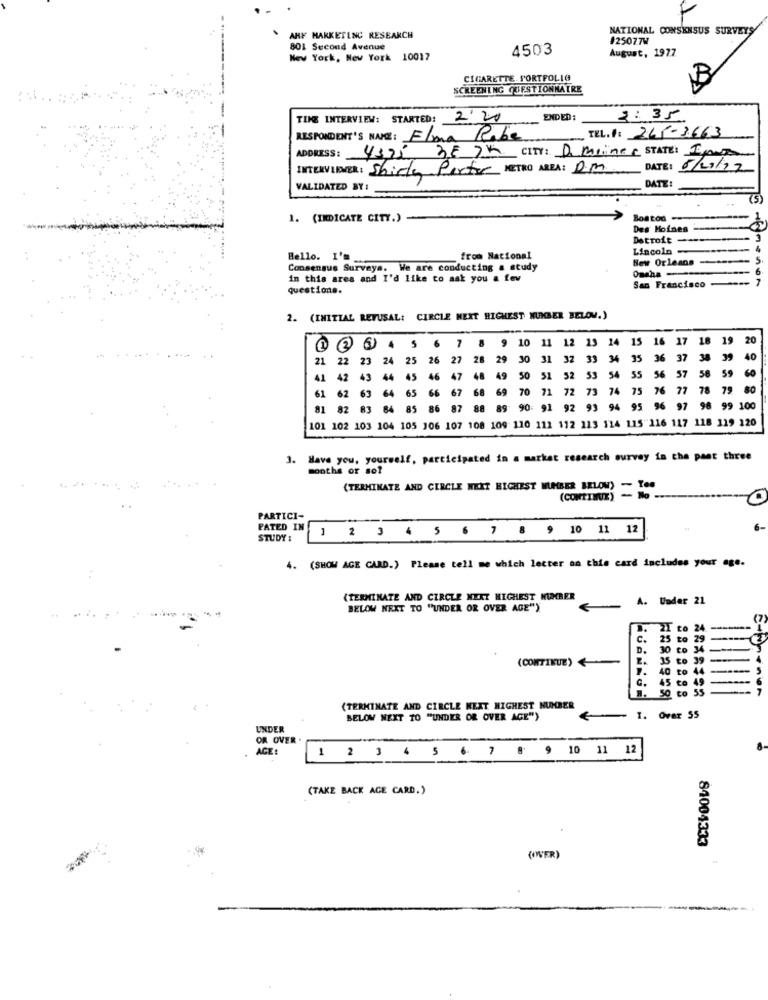
NATIONAL CONSENSUS SURVEYS
ARF MARKETING RESEARCH
$25077W
801 Second Avenue
4503
August, 1977
New York, New York 10017
CIGARETTE. SORTPOLIG
SCREENING QUESTIONNAIRE
TINE INTERVIEW: STARTED!
2'20
ENDED:
3 :35
TEL. f: 245-3663
RESPONDENT'S NAME: Elma Rabe
ADDRESS:
4375 38 7K CITY: D malines STATE: TANTO
INTERVIEWER : Shirley Parter METRO AREA: D.M
DATE: 5/29/12
VALIDATED BY:
DATE:
(5)
1. (INDICATE CITY.)
Boa tod
Des Moines ----
Detroit --
Lincoln-
Bello. I'm ...
from National
New Orleans-
5
Consensus Surveys. We are conducting a study
in this area and I'd like to ask you a few
questions.
San Francisco
2. (INITIAL REFUSAL: CIRCLE NEXT HIGHEST NUMBER BELOW.)
7
9
10
10 11 12
12 23
14
15
16
17
18
19
20
2
21
22
23
25
26
27
28
29
30 31 32
33
34
35
36
37 38
39
40
60
41 42 43 44 45 46
47 48
49
50 51 52 53
50 51
54
55
56 57 58 59
5 66 67 68 69 70 71
72
73
74
75
76
77
61 62 63 64
1 82 83 64
85 86 87
88
89 90: 91
92
93
94
95 96
97
98 99 100
101 102 103 104 105 106 107 108 109 110 112 112 123 114 115 116 117 118 119 120
3. Have you, yourself, participated in a market research survey in the pant three
months or so?
(TERMINATE AND CERCLE NEXT HIGHEST NUMBER BELOW) - Tee
(CONTINUE) - No --
PARTICI-
PATED IN
1 2 3 4 5 6 7 8 9 10 11 12
STUDY :
4. (SHOW AGE CARD.) Please tell me which letter an this card includes your age.
(TERMINATE AND CIRCLE MERT HIGHEST NUMBER
A. Under 21
BELOW NEXT TO "UNDER OR OVER AGE")
(7
21
24
C.
25
D.
30
(CONTINUE)
2.
35
39
40 to 44
5
G.
45
to 45
50 to 55
7
(TERMINATE AND CIRCLE KEXT HIGHEST NUMBER
BELOW NEXT TO "UNDER OR OVER AGE")
I. Ovar S5
UNDER
OR OVER
AGE:
1 2 3 4 5 6 7 8 9 10 11 12
(TAKE BACK AGE CARD.)
84004333
(IWER)